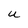
Character: u